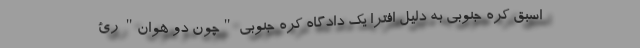
اسبق کره جنوبی به دلیل افترا یک دادگاه کره جنوبی "چون دو هوان" رئ